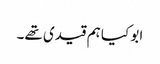
ابو کیا ہم قیدی تھے۔